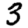
Digit: 3